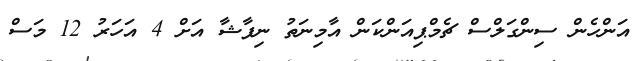
އަންހެން ސިންގަލްސް ޗެމްޕިއަންކަން އާމިނަތު ނިފާޝާ އަށް 4 އަހަރު 12 މަސް